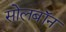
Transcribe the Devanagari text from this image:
सोलबॉन